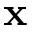
\mathbf { x }